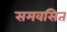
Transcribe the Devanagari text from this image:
समवसित